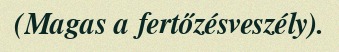
(Magas a fertőzésveszély).